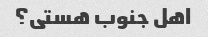
اهل جنوب هستی؟